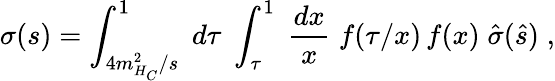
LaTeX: \sigma(s)=\int_{4m_{H_{C}}^{2}/s}^{1}\; d\tau\; \int_{\tau}^{1}\; \frac{dx}{x}\; f(\tau/x)\, f(x)\; \hat{\sigma}(\hat{s})\; ,